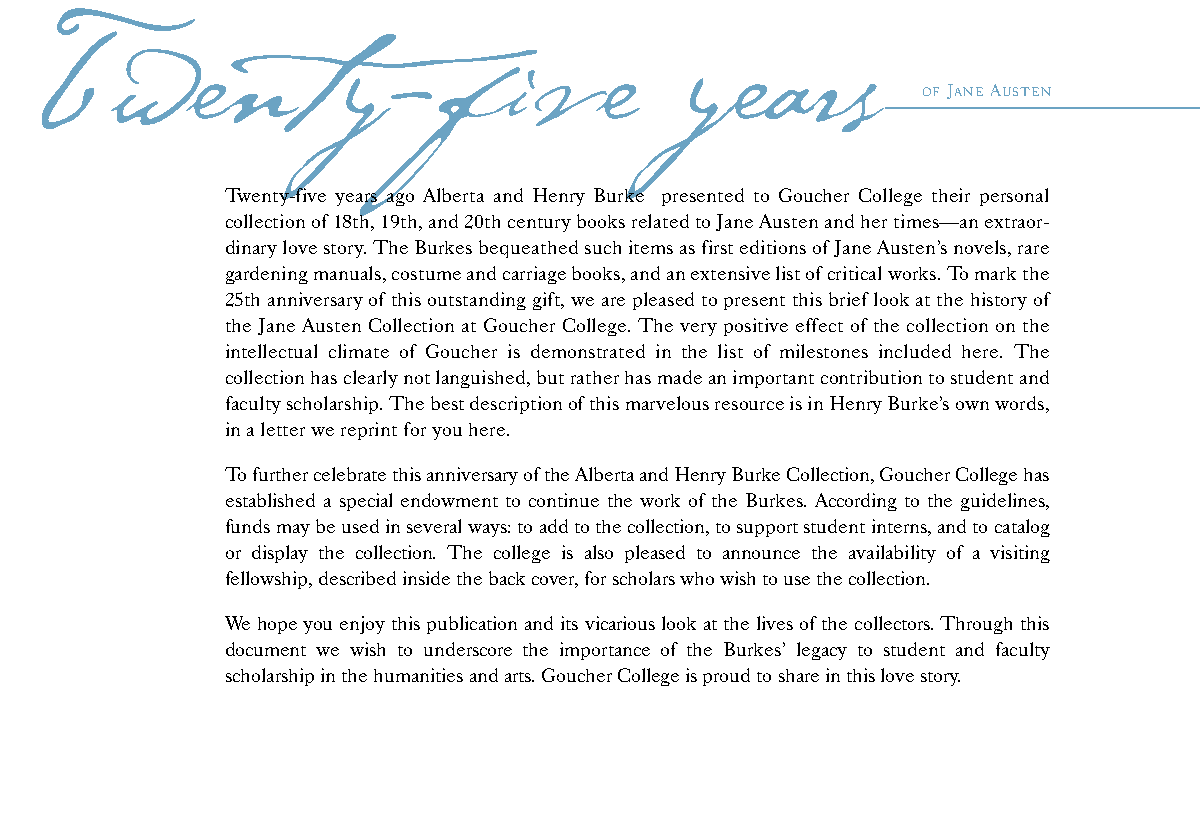
Twent               y-five                 years
 OF JANEAUSTEN
 Twenty-five years ago Alberta and Henry Burke presented to Goucher College their personal
 collection of 18th, 19th, and 20th century books related to Jane Austen and her times—an extraor-
 dinary love story. The Burkes bequeathed such items as first editions of Jane Austen’s novels, rare
 gardening manuals, costume and carriage books, and an extensive list of critical works. To mark the
 25th anniversary of this outstanding gift, we are pleased to present this brief look at the history of
 the Jane Austen Collection at Goucher College. The very positive effect of the collection on the
 intellectual climate of Goucher is demonstrated in the list of milestones included here. The
 collection has clearly not languished, but rather has made an important contribution to student and
 faculty scholarship. The best description of this marvelous resource is in Henry Burke’s own words,
 in a letter we reprint for you here.
 To further celebrate this anniversary of the Alberta and Henry Burke Collection, Goucher College has
 established a special endowment to continue the work of the Burkes. According to the guidelines,
 funds may be used in several ways: to add to the collection, to support student interns, and to catalog
 or display the collection. The college is also pleased to announce the availability of a visiting
 fellowship, described inside the back cover, for scholars who wish to use the collection.
 We hope you enjoy this publication and its vicarious look at the lives of the collectors. Through this
 document we wish to underscore the importance of the Burkes’ legacy to student and faculty
 scholarship in the humanities and arts. Goucher College is proud to share in this love story.